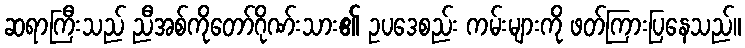
ဆရာကြီးသည် ညီအစ်ကိုတော်ဂိုဏ်းသား၏ ဥပဒေစည်း ကမ်းများကို ဖတ်ကြားပြနေသည်။